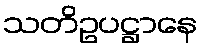
သတိဥပဋ္ဌာနေ